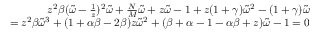
\begin{array} { r } { z ^ { 2 } \beta ( \widetilde { \omega } - \frac { 1 } { z } ) ^ { 2 } \widetilde { \omega } + \frac { N } { M } \widetilde { \omega } + z \widetilde { \omega } - 1 + z ( 1 + \gamma ) \widetilde { \omega } ^ { 2 } - ( 1 + \gamma ) \widetilde { \omega } } \\ { = z ^ { 2 } \beta \widetilde { \omega } ^ { 3 } + ( 1 + \alpha \beta - 2 \beta ) z \widetilde { \omega } ^ { 2 } + ( \beta + \alpha - 1 - \alpha \beta + z ) \widetilde { \omega } - 1 = 0 } \end{array}